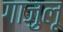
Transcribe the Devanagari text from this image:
गाज़ुलू